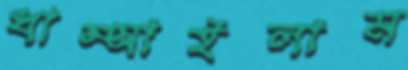
ধাম্‌সাইলাম